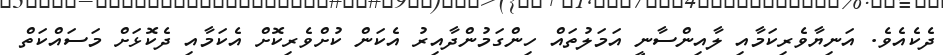
ދެކެއެވެ. އަނިޔާވެރިކަމާއި ލާއިންސާނީ އަމަލުތައް ހިންގަމުންދާއިރު އެކަން ކުށްވެރިކޮށް އެކަމާއި ދެކޮޅަށް މަސައްކަތް